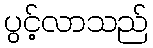
ပွင့်လာသည်